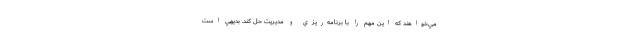
مي‌خواهند كه اين مهم را با برنامه‌ريزي و مديريت حل كند. بديهي است